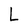
Character: L